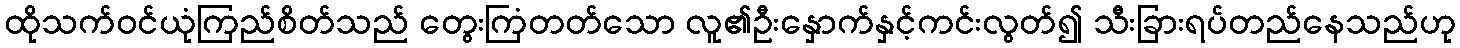
ထိုသက်ဝင်ယုံကြည်စိတ်သည် တွေးကြံတတ်သော လူ၏ဦးနှောက်နှင့်ကင်းလွတ်၍ သီးခြားရပ်တည်နေသည်ဟု